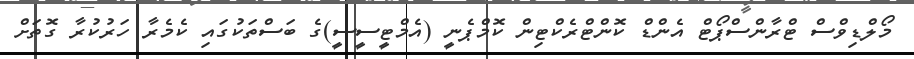
މޯލްޑިވްސް ޓްރާންސްޕޯޓް އެންޑް ކޮންޓްރެކްޓިން ކޮމްޕެނީ (އެމްޓީސީސީ)ގެ ބަސްތަކުގައި ކެމެރާ ހަރުކުރާ ގޮތަށް